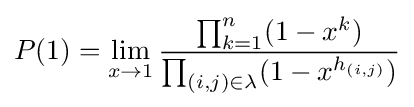
P(1)=\lim _{x\to 1}{\frac {\prod _{k=1}^{n}(1-x^{k})}{\prod _{(i,j)\in \lambda }(1-x^{h_{(i,j)}})}}